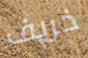
خريف